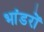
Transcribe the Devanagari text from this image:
भांडरों